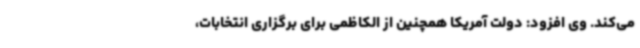
می‌کند. وی افزود: دولت آمریکا همچنین از الکاظمی برای برگزاری انتخابات،